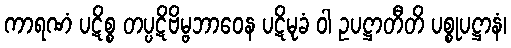
ကာရဏံ ပဋိစ္စ တပ္ပဋိဗိမ္ဗဘာဝေန ပဋိမုခံ ဝါ ဥပဋ္ဌာတီတိ ပစ္စုပဋ္ဌာနံ၊